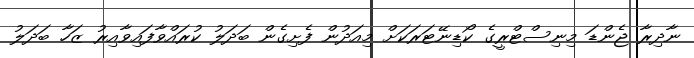
ނާދިރާ ޖެންޑަ މިނިސްޓްރީގެ ކޯޑިނޭޓަރަކަށް މިއަދުން ފެށިގެން ބަދަލު ކުރައްވާފައިވާއިރު ޒަހާ ބަދަލު